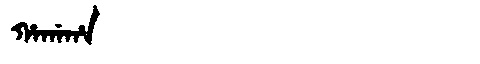
Manchu: ᡥᠠᡤᠠᡥᠠ
Romanization: HAGAHA